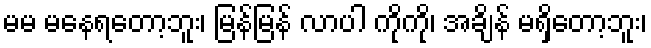
မမ မနေရတော့ဘူး၊ မြန်မြန် လာပါ ကိုကို၊ အချိန် မရှိတော့ဘူး၊